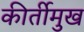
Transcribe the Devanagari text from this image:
कीर्तीमुख